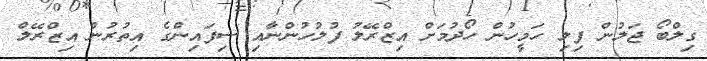
ގިލްބޯ ޖަލުން ފިލި ހަމީހުން ހޯދުމަށް އިޒްރޭލު ފުލުހުންނާއި ސިފައިންގެ އިތުރުން އިޒްރޭލް